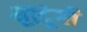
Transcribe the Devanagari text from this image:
रौंदूंगी